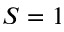
S = 1